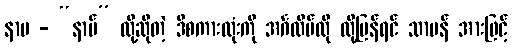
နာမ - “နာမ်” လို့ဆိုတဲ့ ဒီစကားလုံးကို အင်္ဂလိပ်လို လို့ပြန်ရင် သာမန် အားဖြင့်